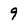
Character: 9